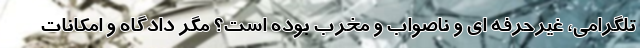
تلگرامی، غیرحرفه ای و ناصواب و مخرب بوده است؟ مگر دادگاه و امکانات